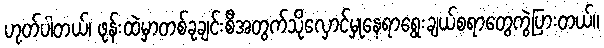
ဟုတ်ပါတယ်၊ ဖုန်းထဲမှာတစ်ခုချင်းစီအတွက်သိုလှောင်မှုနေရာရွေးချယ်စရာတွေကွဲပြားတယ်။